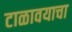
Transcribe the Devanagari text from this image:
टाळावयाचा